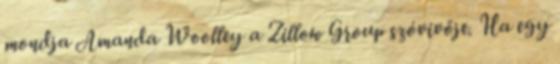
mondja Amanda Woolley a Zillow Group szóvivője. Ha egy